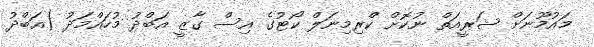
މައުމޫނަށް ޝަރީއަތް ނުކޮށް ކްރިމިނަލް ކޯޓުގެ އިސް ގާޒީ އަބްދު މުހައްމަދު (އަބްދު